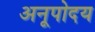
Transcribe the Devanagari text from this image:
अनूपोदय